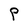
Character: P